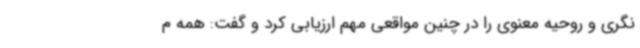
نگری و روحیه معنوی را در چنین مواقعی مهم ارزیابی کرد و گفت: همه م